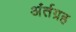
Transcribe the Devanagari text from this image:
अंर्तग्रह